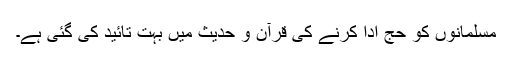
مسلمانوں کو حج ادا کرنے کی قرآن و حدیث میں بہت تائید کی گئی ہے۔